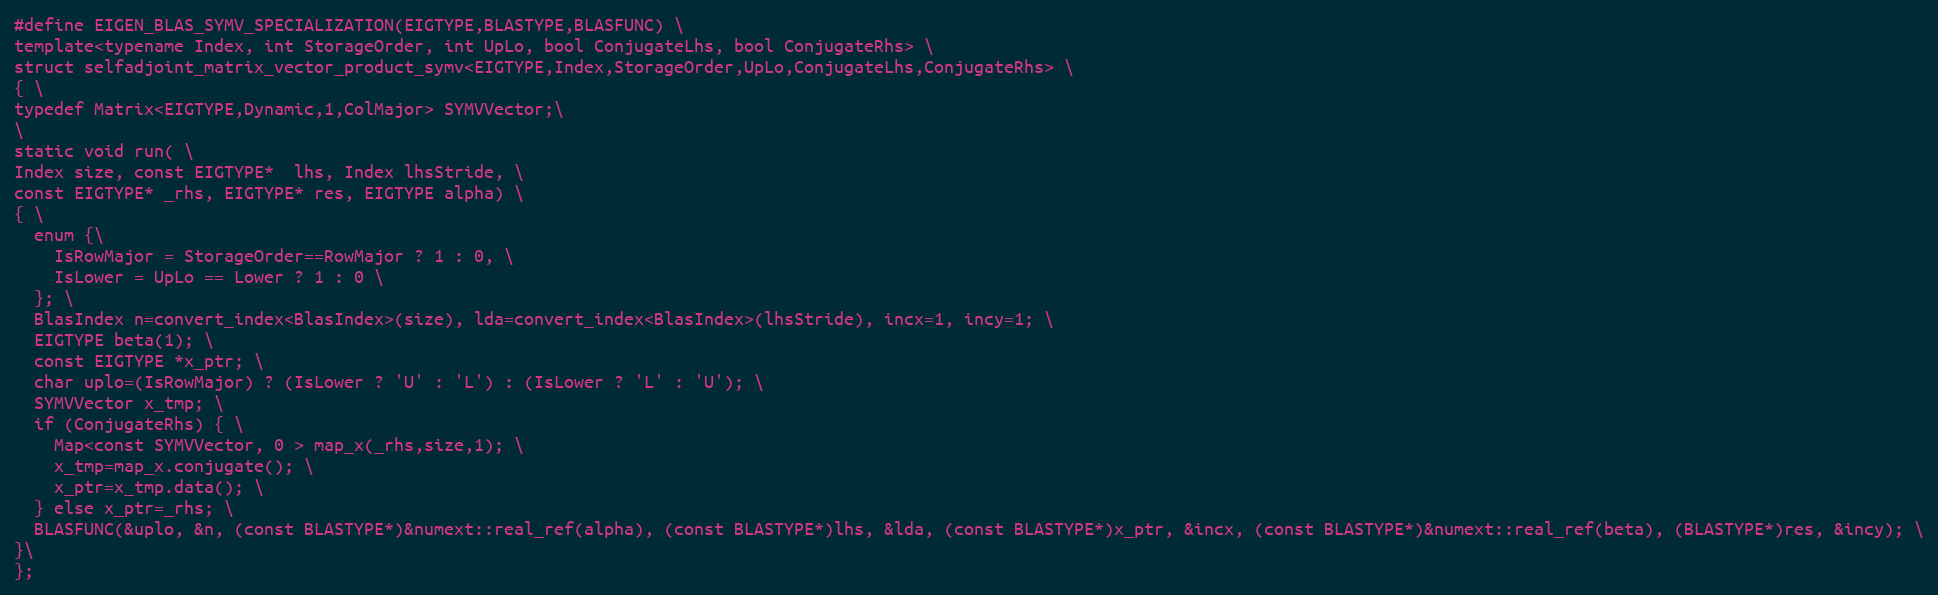
Language: C
#define EIGEN_BLAS_SYMV_SPECIALIZATION(EIGTYPE,BLASTYPE,BLASFUNC) \
template<typename Index, int StorageOrder, int UpLo, bool ConjugateLhs, bool ConjugateRhs> \
struct selfadjoint_matrix_vector_product_symv<EIGTYPE,Index,StorageOrder,UpLo,ConjugateLhs,ConjugateRhs> \
{ \
typedef Matrix<EIGTYPE,Dynamic,1,ColMajor> SYMVVector;\
\
static void run( \
Index size, const EIGTYPE*  lhs, Index lhsStride, \
const EIGTYPE* _rhs, EIGTYPE* res, EIGTYPE alpha) \
{ \
  enum {\
    IsRowMajor = StorageOrder==RowMajor ? 1 : 0, \
    IsLower = UpLo == Lower ? 1 : 0 \
  }; \
  BlasIndex n=convert_index<BlasIndex>(size), lda=convert_index<BlasIndex>(lhsStride), incx=1, incy=1; \
  EIGTYPE beta(1); \
  const EIGTYPE *x_ptr; \
  char uplo=(IsRowMajor) ? (IsLower ? 'U' : 'L') : (IsLower ? 'L' : 'U'); \
  SYMVVector x_tmp; \
  if (ConjugateRhs) { \
    Map<const SYMVVector, 0 > map_x(_rhs,size,1); \
    x_tmp=map_x.conjugate(); \
    x_ptr=x_tmp.data(); \
  } else x_ptr=_rhs; \
  BLASFUNC(&uplo, &n, (const BLASTYPE*)&numext::real_ref(alpha), (const BLASTYPE*)lhs, &lda, (const BLASTYPE*)x_ptr, &incx, (const BLASTYPE*)&numext::real_ref(beta), (BLASTYPE*)res, &incy); \
}\
};